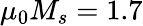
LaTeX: \mu_{0}M_{s}=1.7